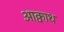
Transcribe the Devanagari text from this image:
आक्वाथ